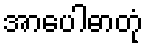
အာပေါဓာတုံ